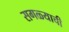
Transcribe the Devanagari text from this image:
सगळ्याची